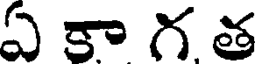
ఏ కా గ త